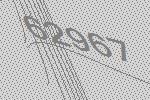
62967